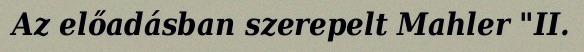
Az előadásban szerepelt Mahler "II.